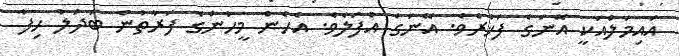
އައިމަލްއަކީ އޭނަގެ ފަޚުރެވެ. އޭނަގެ އުފަލެވެ. އެހެން މީހުންގެ ފަރާތުން ބަދަލު ހިފާ